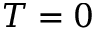
T = 0